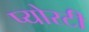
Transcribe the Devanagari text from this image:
प्योरटी